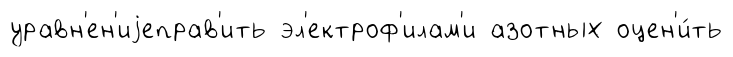
уравн'ен'иjеправ'ить эл'ектроф'илам'и азотных оцен'и́ть